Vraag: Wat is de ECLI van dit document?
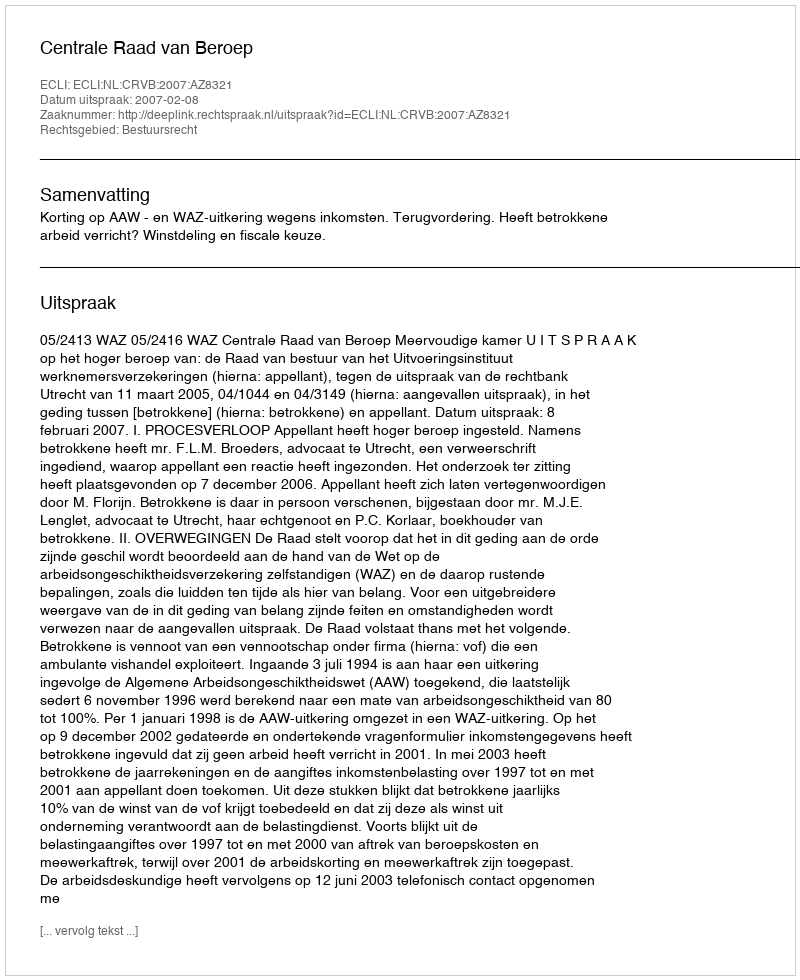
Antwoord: ECLI:NL:CRVB:2007:AZ8321